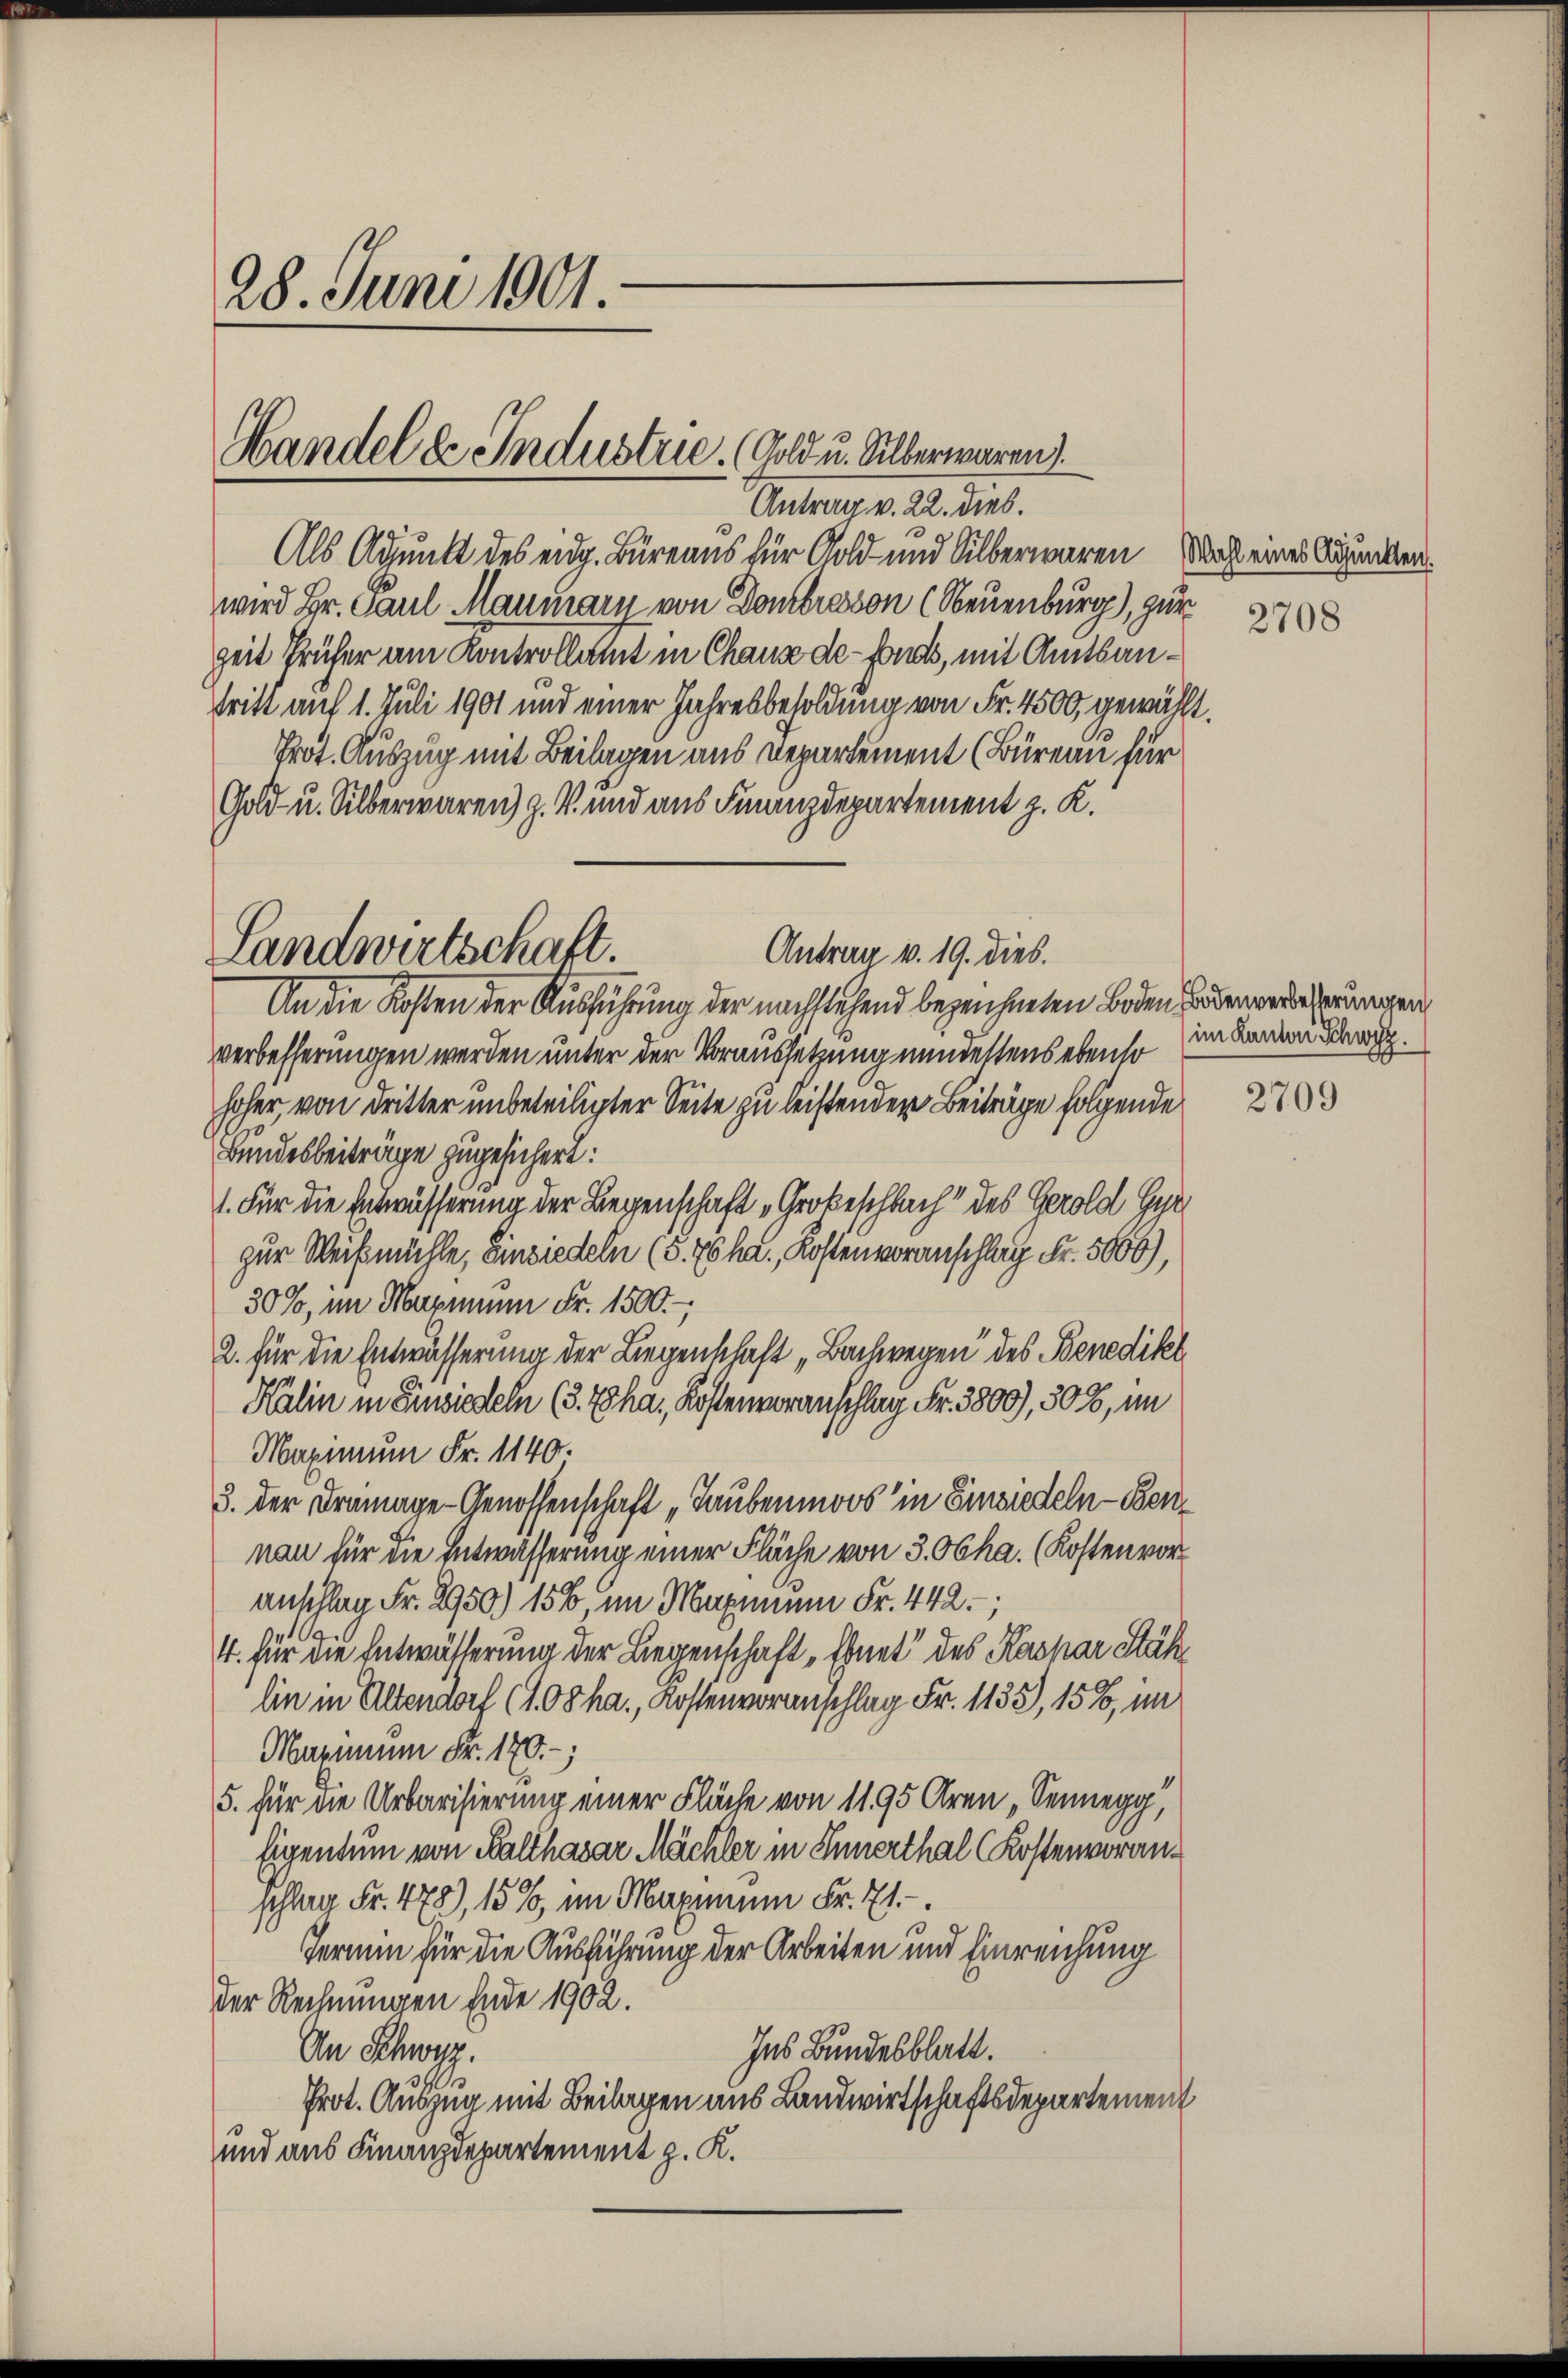
28. Juni 1901.

Handel de Industrie. (Gold u. Silberwaren)
Antrag v. 22. dies.

Antrag v. 19. dies.
Landwirtschaft.
An die Kosten der Ausführung der nachstehend bezeichneten Boden zudenverdächerungen

Als Adjunkt des eidg. Büreaus für Gold und Silberwaren. Wahl eines Grunden.
wird Hr. Paul Maumary von Dombresson (Neuenburg), zur
Zeit früher am Kontrollamt in Chause de-Fonds, mit Amtsantritt auf 1. Juli 1901 und einer Jahresbesoldung von Fr. 4500, gewählt.
Prot. Auszug mit Beilagen aus Departement (Büreau für
Gold- u. Silberwaren) z. V. und aus Finanzdepartement z. K.
verbesserungen werden unter der Voraussetzung mindestens ebenso
hoher, von Dritter unbeteiligter Seite zu leistenden Beiträge folgende
Bundesbeiträge zugesichert:
1. Für die Entwässerung der Liegenschaft „Grokeschbach“ des Gerold Gyr
zur Weißmühle, Einsiedeln (§. 76 ha., Kostenvoranschlag Fr. 5006),
30%, im Maximum Fr. 1500.-
2. für die Entwässerung der Liegenschaft „Bachwegen des Benedikt
Kalin in Einsiedeln (3. Tha, Kostenvoranschlag Fr. 3800), 308, im
Maximum Fr. 1140.
3. der Drainage-Genossenschaft „Laubenmoos in Einsiedeln - Bennau für die Entwässerung einer Fläche von 3. Obha. (Kosten voranschlag Fr. 2950) 158, im Maximum Fr. 442.
4. für die Entwässerung der Liegenschaft „Ehnet des Kaspar Stäh
lin in Altendorf (108 ha., Kostenvoranschlag Fr. 1133), 1586, im
Maximum Fr. 170.
1
5. für die Urbarisierung einer Fläche von 1195 Aren Sennegg,
Eigentum von Balthasar Mächler in Innerthal (Kostenvoranschlag Fr. 473), 15%, im Maximum Fr. 71.
Termin für die Ausführung der Arbeiten und Einreichung
der Rechnungen Ende 1902.
Ins Bundesblatt.
An Schwyz.
Prot. Auszug mit Beilagen aus Landwirtschaftsdepartement
und aus Finanzdepartement z. K.

2708

im Kanton Schwyz.

2709